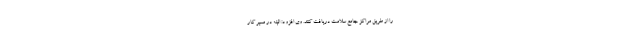
را از طریق مراکز جامع سلامت دریافت کنند. وی افزود: البته در مسیر کار